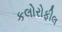
કલોરોફીલ